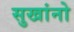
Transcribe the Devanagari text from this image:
सुखांनो